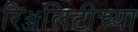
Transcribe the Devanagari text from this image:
रिॲलिटीच्या